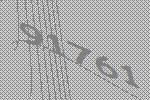
91761